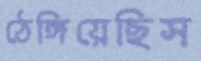
ঠেঙ্গিয়েছিস